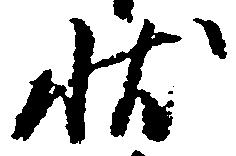
状